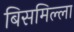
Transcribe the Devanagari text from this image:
बिसमिल्ला